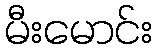
မီးမောင်း